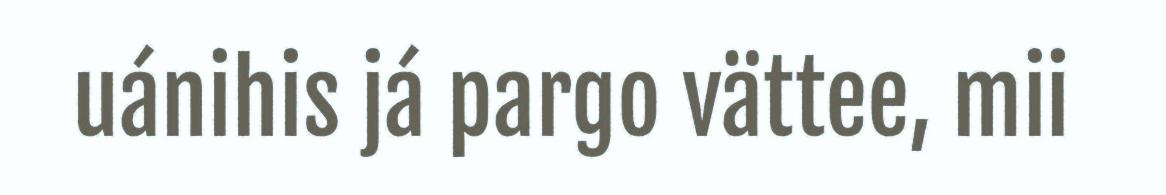
uánihis já pargo vättee, mii